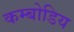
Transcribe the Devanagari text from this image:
कम्बोडिय